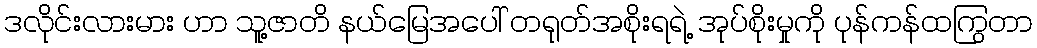
ဒလိုင်းလားမား ဟာ သူ့ဇာတိ နယ်မြေအပေါ် တရုတ်အစိုးရရဲ့ အုပ်စိုးမှုကို ပုန်ကန်ထကြွတာ